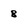
Character: 8